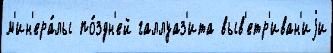
м'ин'ера́лы по́здн'ей галлуаз'ита выв'етр'иван'иjи